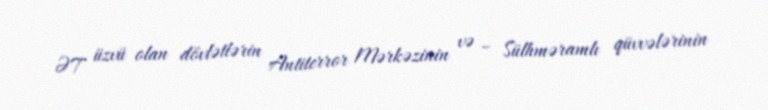
ƏT üzvü olan dövlətlərin Antiterror Mərkəzinin və – Sülhməramlı qüvvələrinin